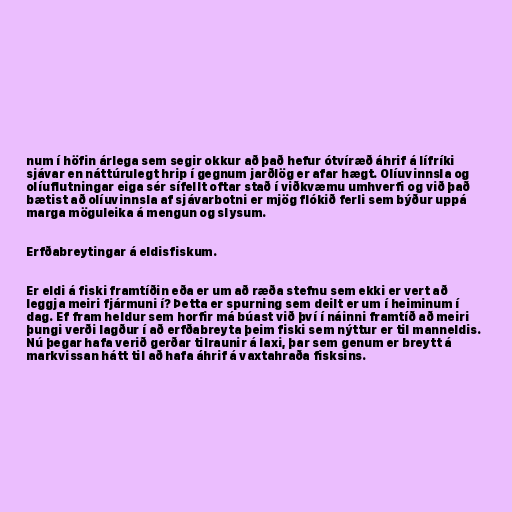
num í höfin árlega sem segir okkur að það hefur ótvíræð áhrif á lífríki
sjávar en náttúrulegt hrip í gegnum jarðlög er afar hægt. Olíuvinnsla og
olíuflutningar eiga sér sífellt oftar stað í viðkvæmu umhverfi og við það
bætist að olíuvinnsla af sjávarbotni er mjög flókið ferli sem býður uppá
marga möguleika á mengun og slysum.

Erfðabreytingar á eldisfiskum.

Er eldi á fiski framtíðin eða er um að ræða stefnu sem ekki er vert að
leggja meiri fjármuni í? Þetta er spurning sem deilt er um í heiminum í
dag. Ef fram heldur sem horfir má búast við því í náinni framtíð að meiri
þungi verði lagður í að erfðabreyta þeim fiski sem nýttur er til manneldis.
Nú þegar hafa verið gerðar tilraunir á laxi, þar sem genum er breytt á
markvissan hátt til að hafa áhrif á vaxtahraða fisksins.